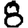
Digit: 8